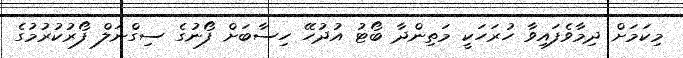
މިކަމަށް ދިމާވެފައިވާ ހުރަހަކީ މަތިންދާ ބޯޓު އުދުހޭ ހިސާބަށް ފޯނުގެ ސިގްނަލް ފޯރުކުރުމުގެ